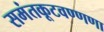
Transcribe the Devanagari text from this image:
समंतकूटवण्णणा